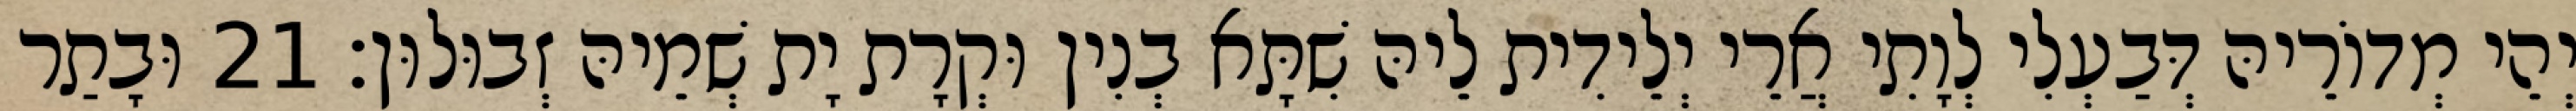
יְהֵי מְדוֹרֵיהּ דְּבַעְלִי לְוָתִי אֲרֵי יְלֵידִית לֵיהּ שִׁתָּא בְנִין וּקְרָת יָת שְׁמֵיהּ זְבוּלוּן׃ 21 וּבָתַר